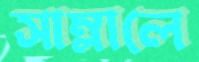
সাম্‌লালে